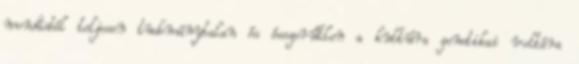
mondásból teljesen tudománytalan és ésszerűtlen a kultúra genetikai voltára